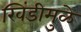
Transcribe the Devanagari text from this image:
खिंडीमुळे